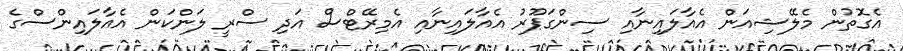
އެގޮތުން މެލޭޝިއަން އެއާލައިނާއި ސިންގަޕޫރު އެއާލައިނާއި އެމިރޭޓްސް އަދި ސްރީ ލަންކަން އެއާލައިންސްގެ